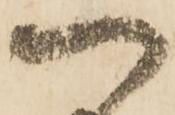
つ